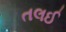
તલઈ